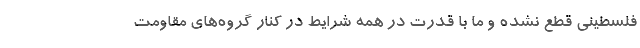
فلسطینی قطع نشده و ما با قدرت در همه شرایط در کنار گروه‌های مقاومت